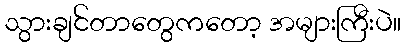
သွားချင်တာတွေကတော့ အများကြီးပဲ။